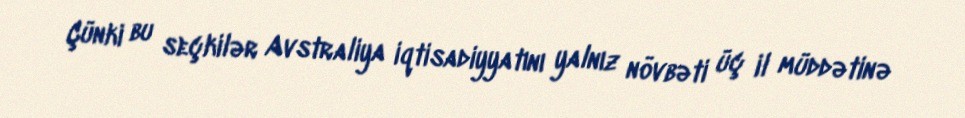
Çünki bu seçkilər Avstraliya iqtisadiyyatını yalnız növbəti üç il müddətinə